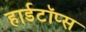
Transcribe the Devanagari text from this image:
हार्डटॉप्स